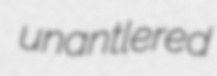
unantlered